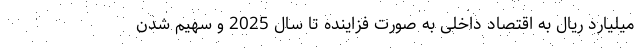
میلیارد ریال به اقتصاد داخلی به صورت فزاینده تا سال 2025 و سهیم شدن